Lunatic asylums Bombay report 1878-1890 - 1878-1890
Year: 1878
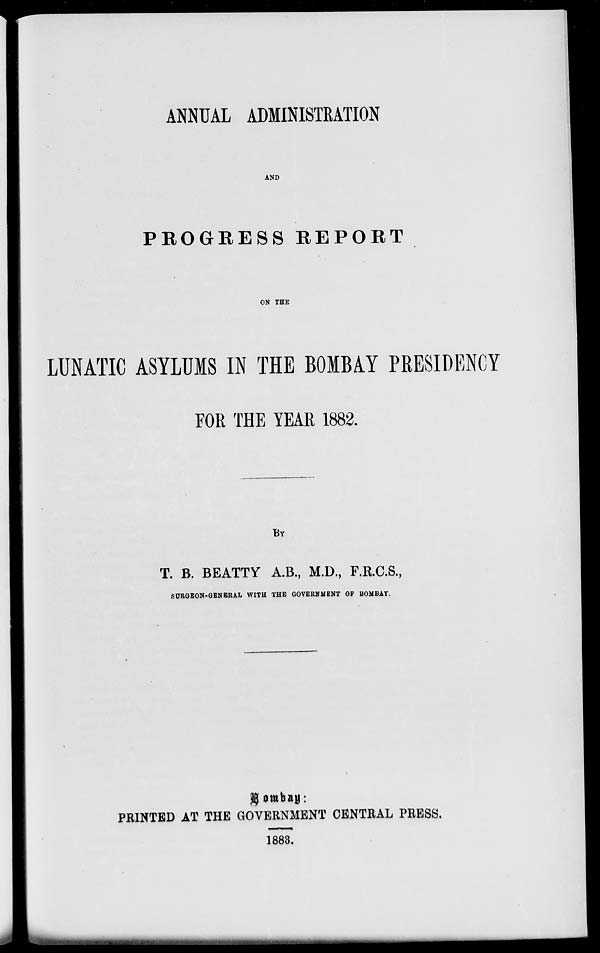
ANNUAL ADMINISTRATION
AND
PROGRESS REPORT
ON THE
LUNATIC ASYLUMS IN THE BOMBAY PRESIDENCY
FOR THE YEAR 1882.
BY
T. B. BEATTY A.B., M.D., F.R.C.S.,
SURGEON-GENERAL WITH THE GOVERNMENT OF BOMBAY.
Bombay:
PRINTED AT THE GOVERNMENT CENTRAL PRESS.
1883.